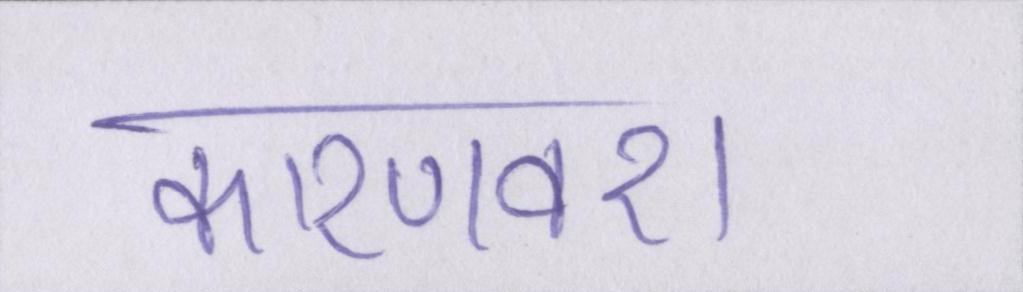
कारणवश